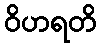
ဝိဟရတိ